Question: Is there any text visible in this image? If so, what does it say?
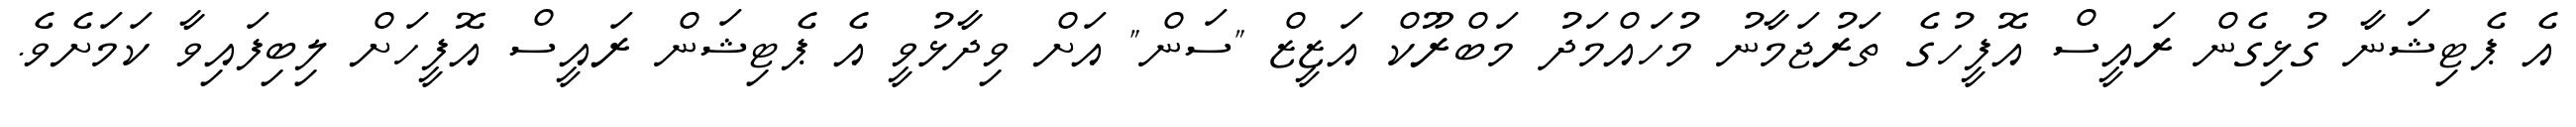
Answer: އެ ޕެޓިޝަނާ ގުޅިގެން ރައީސް އޮފީހުގެ ތަރުޖަމާނު މުހައްމަދު މަބްރޫކް އަޒީޒް "ސަން" އަށް ވިދާޅުވީ އެ ޕެޓިޝަން ރައީސް އޮފީހަށް ލިބިފައިވާ ކަމަށެވެ.